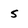
Character: 5